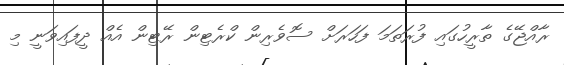
ރާއްޖޭގެ ތާރީހުގައި ފުރަތަމަ ފަހަރަށް ސޮވެރިން ކްރެޓިން ރޭޓިން އެއް ދީފައިވަނީ މި